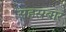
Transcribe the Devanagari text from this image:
सहस्रबार